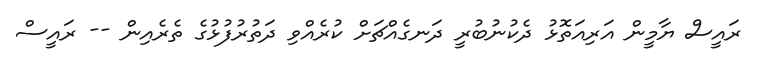
ރައީސް ޔާމީން އަރިއަތޮޅު ދެކުނުބުރީ ދަނގެއްޗަށް ކުރެއްވި ދަތުރުފުޅުގެ ތެރެއިން -- ރައީސް